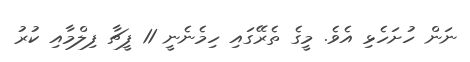
ނަން ހުށަހެޅި އެވެ. މީގެ ތެރޭގައި ހިމެނެނީ 11 ފީޗާ ފިލްމާއި ކުރު